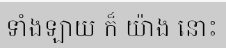
ទាំងឡាយ ក៏ យ៉ាង នោះ